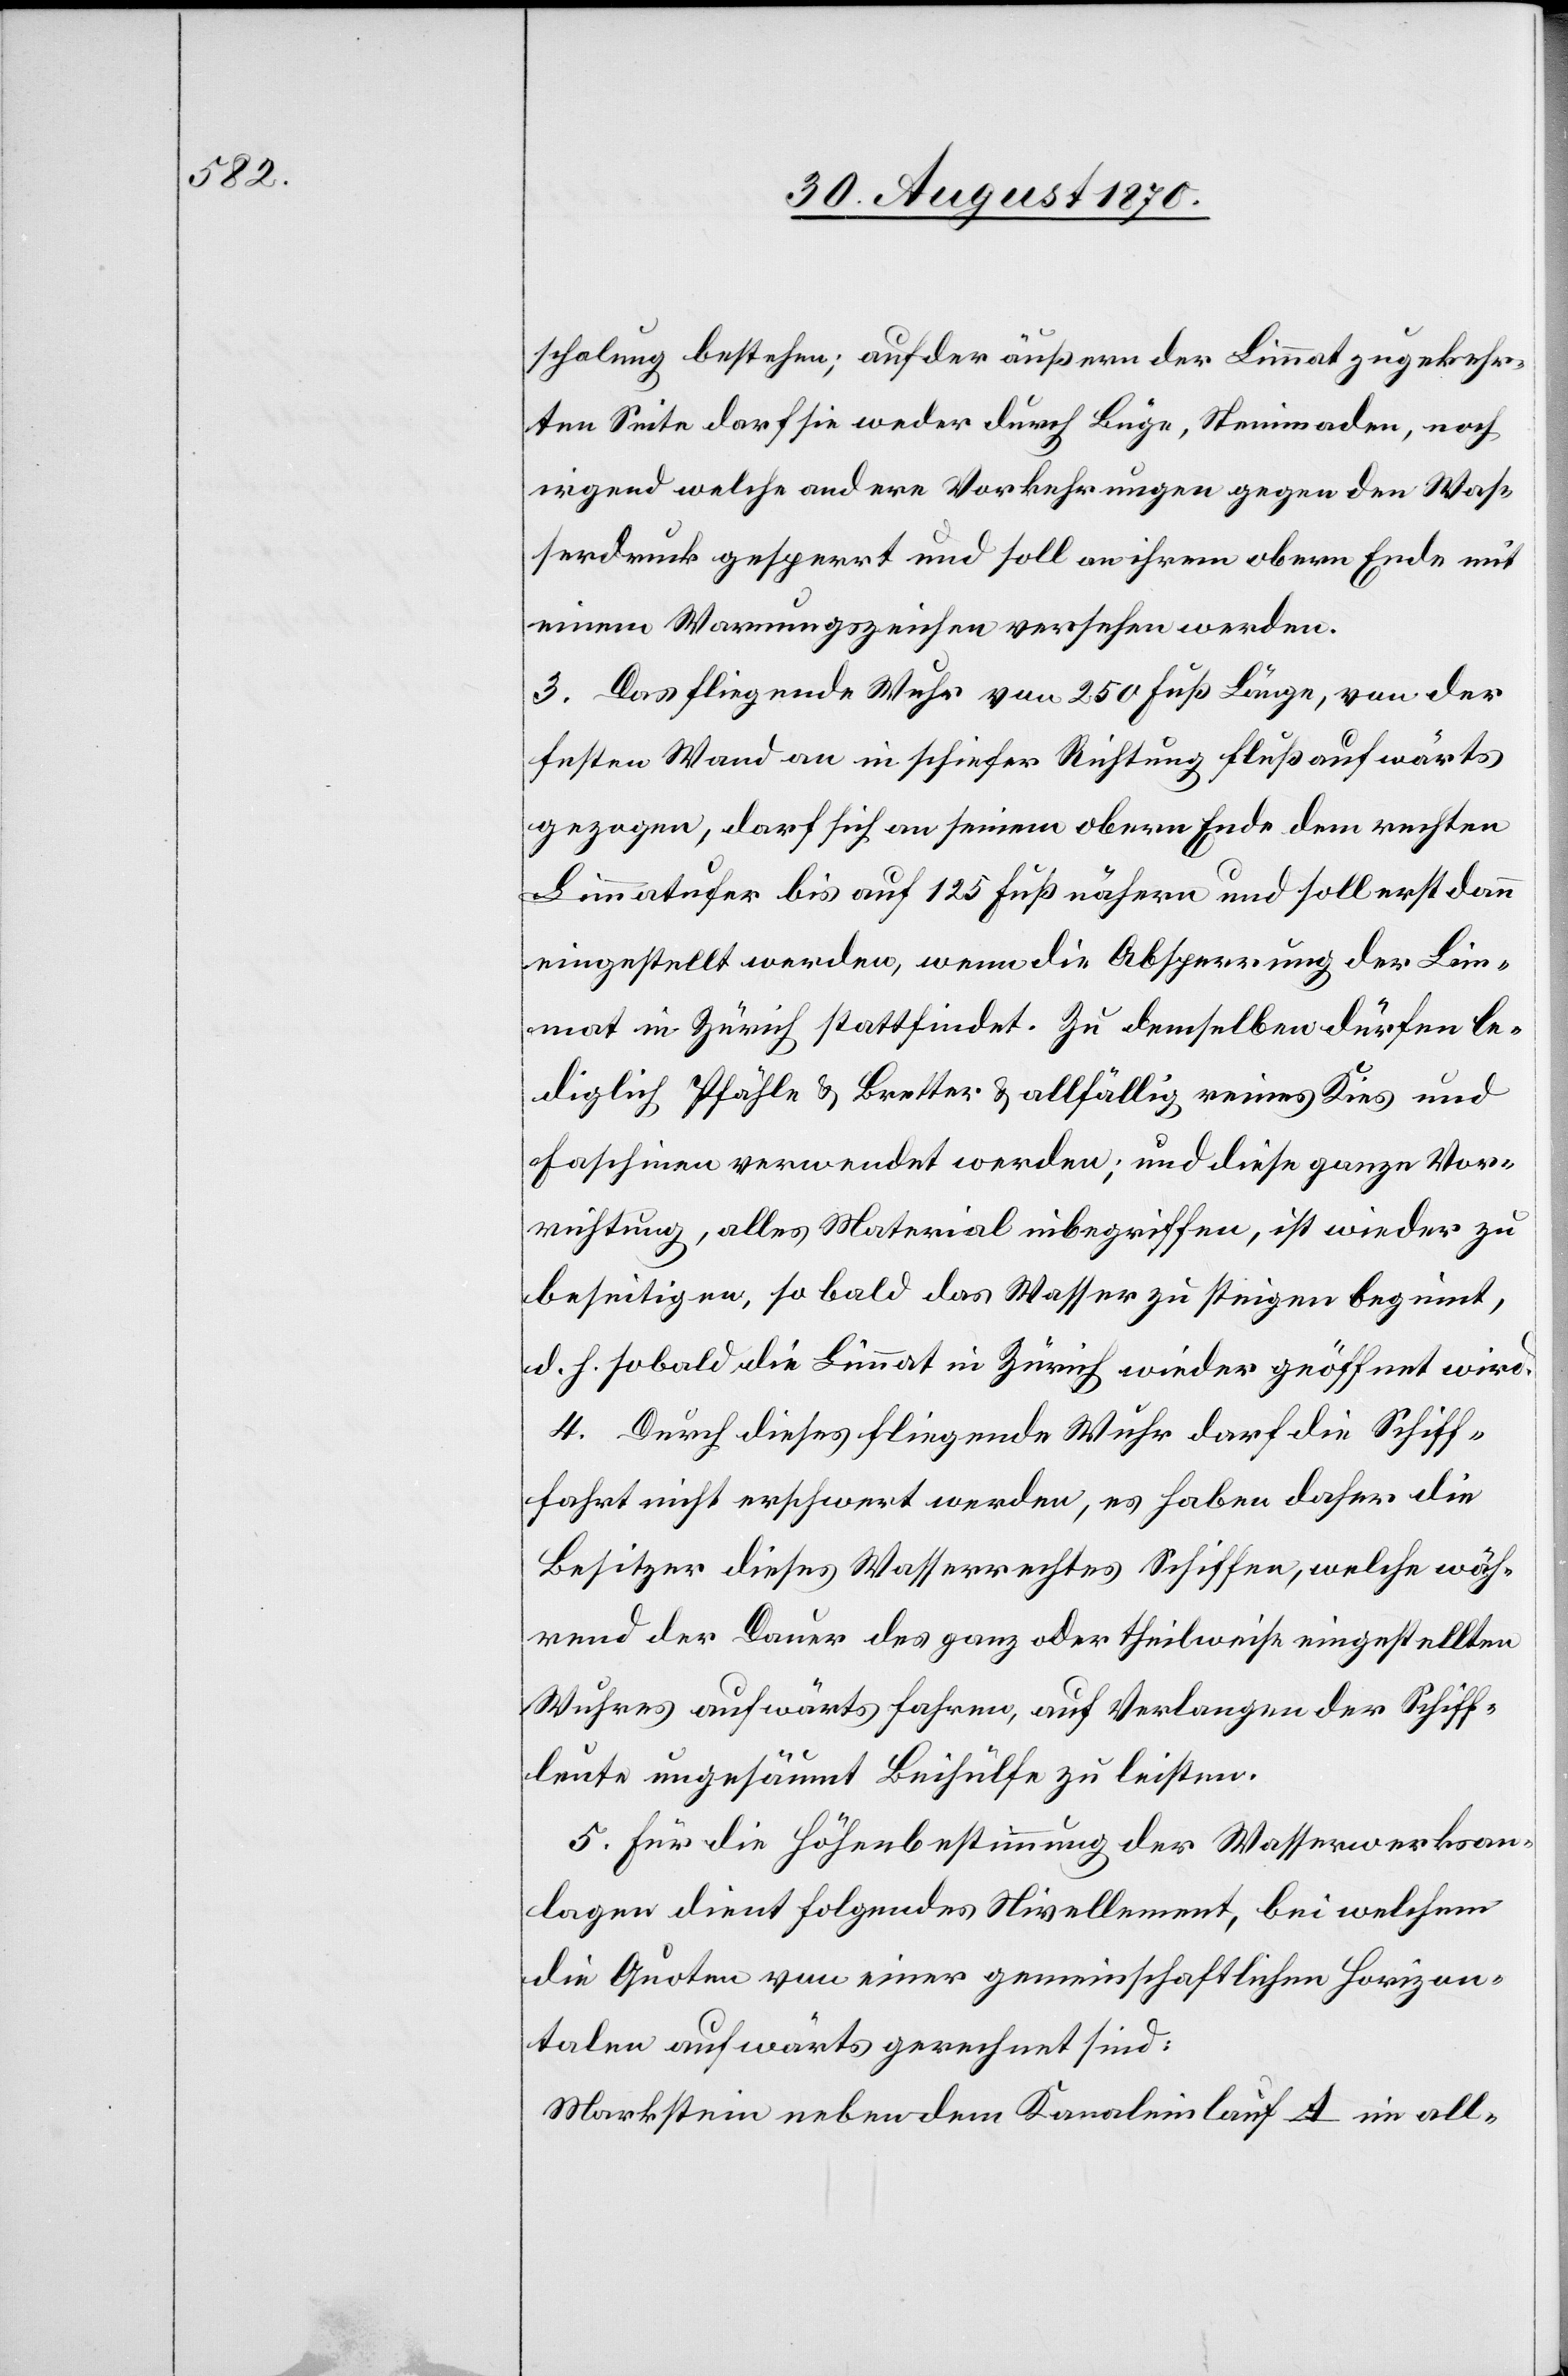
schalung bestehen; auf der äußern der Limmat zugekehr¬
ten Seite darf sie weder durch Büge, Steinmaden, noch
irgend welche andere Vorkehrungen gegen den Was¬
serdruck gesperrt und soll an ihrem obern Ende mit
einem Warnungszeichen versehen werden.
3. Das fliegende Wuhr von 250 Fuß Länge, von der
festen Wand an in schiefer Richtung flußaufwärts
gezogen, darf sich an seinem obern Ende dem rechten
Limmatufer bis auf 125 Fuß nähern und soll erst dann
eingestellt werden, wenn die Absperrung der Lim¬
mat in Zürich stattfindet. Zu demselben dürfen le¬
diglich Pfähle & Bretter & allfällig reines Kies und
Faschinen verwendet werden; und diese ganze Vor¬
richtung, alles Material inbegriffen, ist wieder zu
beseitigen, so bald das Wasser zu steigen beginnt,
d. h. sobald die Limmat in Zürich wieder geöffnet wird.
4. Durch dieses fliegende Wuhr darf die Schiff¬
fahrt [sic!] nicht erschwert werden, es haben daher die
Besitzer dieses Wasserrechtes Schiffen, welche wäh¬
ren der Dauer des ganz oder theilweise eingestellten
Wuhres aufwärts fahren, auf Verlangen der Schiff¬
leute ungesäumt Beihülfe zu leisten.
5. Für die Höhenbestimmung der Wasserwerksan¬
lagen dient folgendes Nivellement, bei welchem
die Quoten von einer gemeinschaftlichen Horizon¬
talen aufwärts gerechnet sind:
Markstein neben dem Kanaleinlauf A im all-